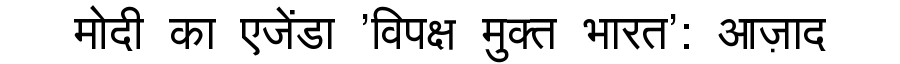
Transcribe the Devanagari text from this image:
मोदी का एजेंडा 'विपक्ष मुक्त भारत': आज़ाद